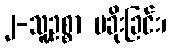
၂-သူ့ဥစ္စာ မခိုးခြင်း၊